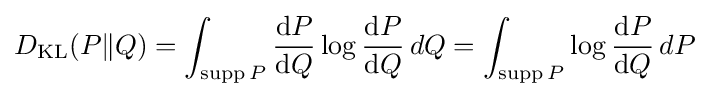
D_{\operatorname {KL} }(P\|Q)=\int _{\operatorname {supp} P}{\frac {\mathrm {d} P}{\mathrm {d} Q}}\log {\frac {\mathrm {d} P}{\mathrm {d} Q}}\,dQ=\int _{\operatorname {supp} P}\log {\frac {\mathrm {d} P}{\mathrm {d} Q}}\,dP